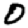
Digit: 0